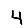
Digit: 4